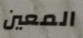
المعين